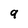
Character: 9